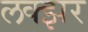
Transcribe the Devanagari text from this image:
लक्झर